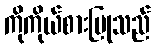
ကိုကိုယ်စားပြုသည်